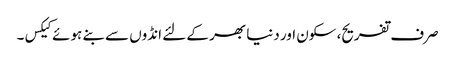
صرف تفریح، سکون اور دنیا بھر کے لئے انڈوں سے بنے ہوئے کیکس۔